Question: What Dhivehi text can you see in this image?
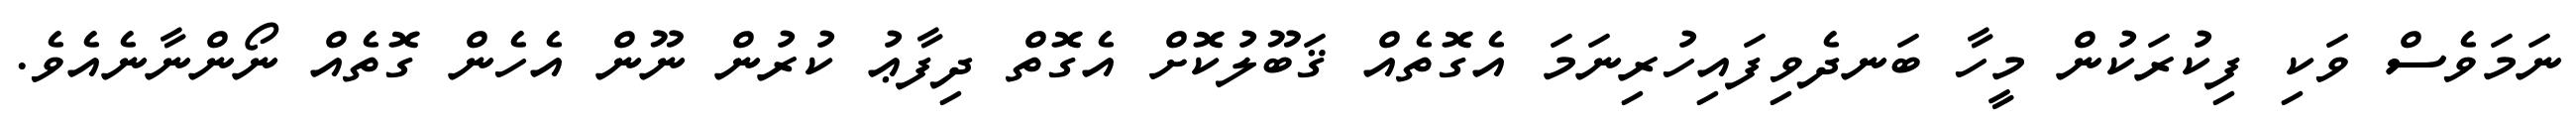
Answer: ނަމަވެސް ވަކި ފިކުރަކުން މީހާ ބަނދެވިފައިހުރިނަމަ އެގޮތެއް ޤަބޫލުކޮށް އެގޮތް ދިފާޢު ކުރުން ނޫން އެހެން ގޮތެއް ނޯންނާނެއެވެ.